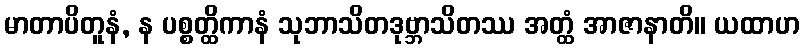
မာတာပိတူနံ, န ပစ္စတ္ထိကာနံ သုဘာသိတဒုဗ္ဘာသိတဿ အတ္ထံ အာဇာနာတိ။ ယထာဟ